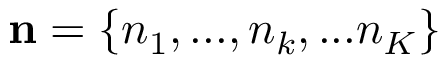
\mathbf { n } = \left\{ { { n } _ { 1 } } , . . . , { { n } _ { k } } , . . . { { n } _ { K } } \right\}